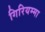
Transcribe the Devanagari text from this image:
गिरियम्मा